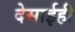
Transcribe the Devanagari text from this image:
देसाईही